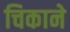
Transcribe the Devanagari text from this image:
चिकाने